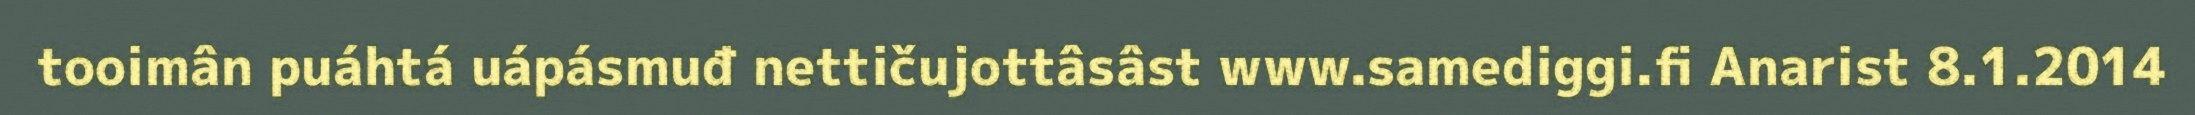
tooimân puáhtá uápásmuđ nettičujottâsâst www.samediggi.fi Anarist 8.1.2014